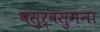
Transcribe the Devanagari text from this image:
वसुर्वसुमना